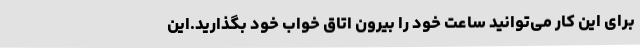
برای این کار می‌توانید ساعت خود را بیرون اتاق خواب خود بگذارید.این